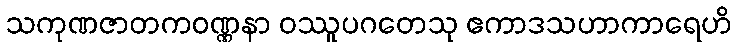
သကုဏဇာတကဝဏ္ဏနာ ဝဿူပဂတေသု ဧကာဒသဟာကာရေဟိ